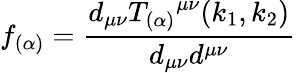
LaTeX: f_{(\alpha)}=\frac{d_{\mu\nu}{T_{(\alpha)}}^{\mu\nu}(k_{1},k_{2})}{d_{\mu\nu}d^{\mu\nu}}